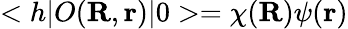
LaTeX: <h|O({\mathbf R},{\mathbf r})|0>=\chi({\mathbf R})\psi({\mathbf r})